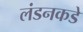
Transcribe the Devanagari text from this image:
लंडनकडे